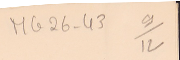
MG26-43   9/12